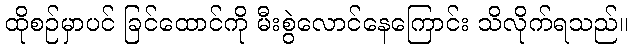
ထိုစဉ်မှာပင် ခြင်ထောင်ကို မီးစွဲလောင်နေကြောင်း သိလိုက်ရသည်။